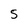
Character: 5